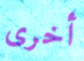
أخرى